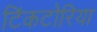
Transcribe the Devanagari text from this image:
टिंकटोरिया